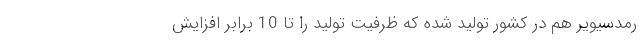
رمدسیویر هم در کشور تولید شده که ظرفیت تولید را تا 10 برابر افزایش